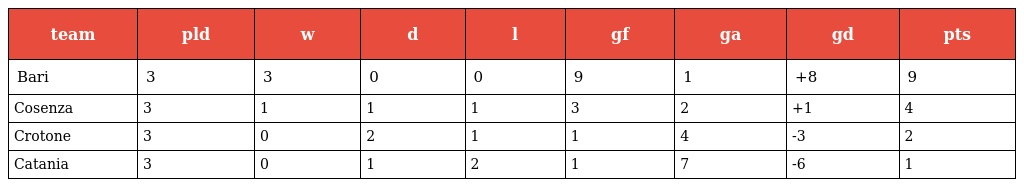
| team | pld | w | d | l | gf | ga | gd | pts |
 | --- | --- | --- | --- | --- | --- | --- | --- | --- |
 | Bari | 3 | 3 | 0 | 0 | 9 | 1 | +8 | 9 |
 | Cosenza | 3 | 1 | 1 | 1 | 3 | 2 | +1 | 4 |
 | Crotone | 3 | 0 | 2 | 1 | 1 | 4 | -3 | 2 |
 | Catania | 3 | 0 | 1 | 2 | 1 | 7 | -6 | 1 |